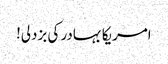
امریکا بہادر کی بزدلی!